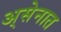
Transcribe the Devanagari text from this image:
अ्सेनात